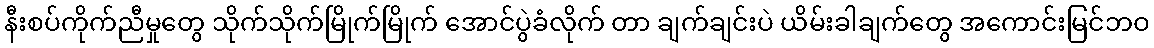
နီးစပ်ကိုက်ညီမှုတွေ သိုက်သိုက်မြိုက်မြိုက် အောင်ပွဲခံလိုက် တာ ချက်ချင်းပဲ ယိမ်းခါချက်တွေ အကောင်းမြင်ဘဝ